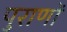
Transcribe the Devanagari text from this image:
पुराणाें